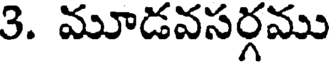
3. మూడవసర్గము